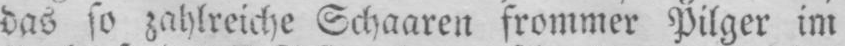
das so zahlreiche Schaaren frommer Pilger im